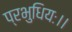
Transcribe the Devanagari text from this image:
प्रभुधियः।।